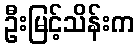
ဦးမြင့်သိန်းက